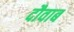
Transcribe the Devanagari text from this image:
दौवाब